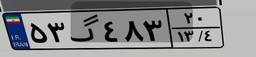
۶۹گ۴۳۵۹۳